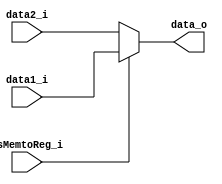
module mux5(
	data1_i,//read data from memory
	data2_i,//ALU result
	IsMemtoReg_i,
	data_o
);

input	[31:0]		data1_i;
input	[31:0]		data2_i;
input				IsMemtoReg_i;
output reg [31:0]	data_o;

always@(*)begin
	if(IsMemtoReg_i)
		data_o = data1_i;
	else
		data_o = data2_i;
end

endmodule